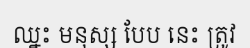
ឈ្នះ មនុស្ស បែប នេះ ត្រូវ